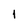
Character: 1